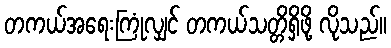
တကယ်အရေးကြုံလျှင် တကယ်သတ္တိရှိဖို့ လိုသည်။